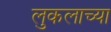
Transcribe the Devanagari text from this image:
लुकलाच्या